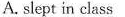
A. slept in class